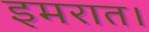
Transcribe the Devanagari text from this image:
इमरात।